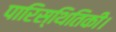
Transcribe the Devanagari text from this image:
पारिस्थितिकी।